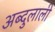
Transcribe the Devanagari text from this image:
अब्दुलाली